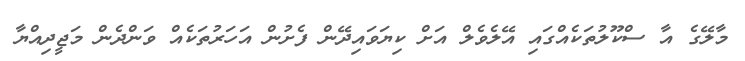
މާލޭގެ އާ ސްކޫލުތަކެއްގައި އޭލެވެލް އަށް ކިޔަވައިދޭން ފެށުން އަހަރުތަކެއް ވަންދެން މަޖީދިއްޔާ